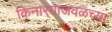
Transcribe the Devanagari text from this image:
किनार्‍याजवळच्या